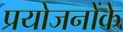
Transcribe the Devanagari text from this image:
प्रयोजनोंके